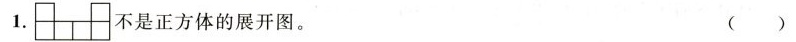
1. 不是正方体的展开图。 ( )